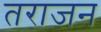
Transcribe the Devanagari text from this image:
तराजन